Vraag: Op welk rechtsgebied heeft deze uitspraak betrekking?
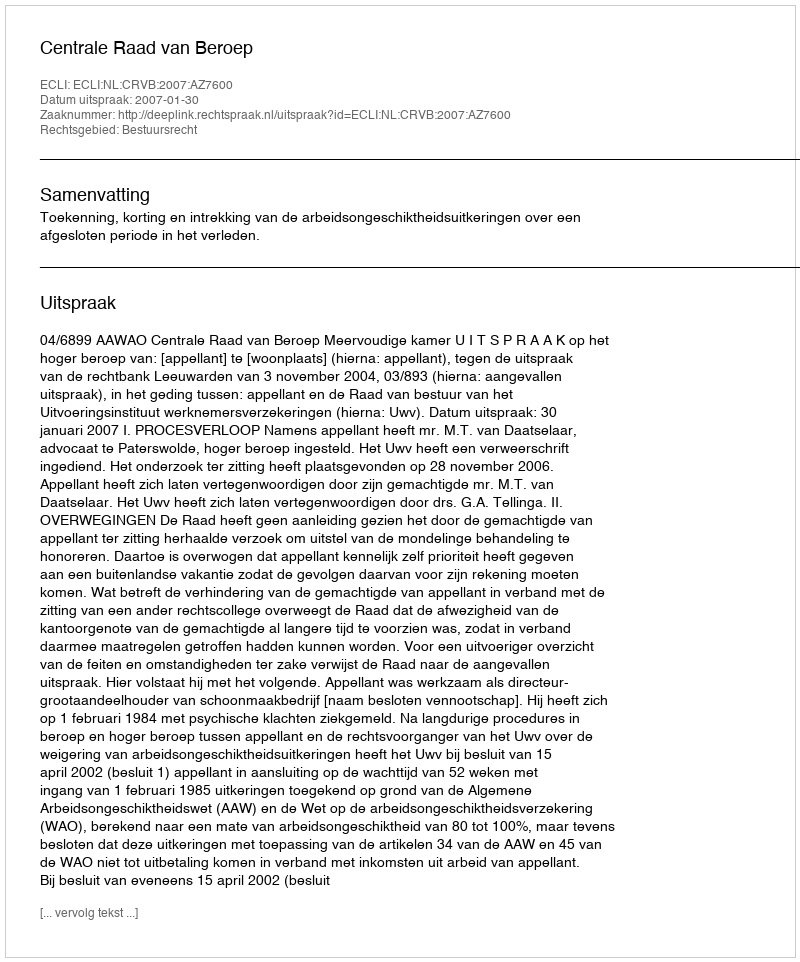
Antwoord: Bestuursrecht